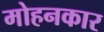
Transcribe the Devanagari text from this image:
मोहनकार